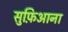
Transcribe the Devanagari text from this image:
सुफ़िआना